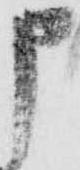
申